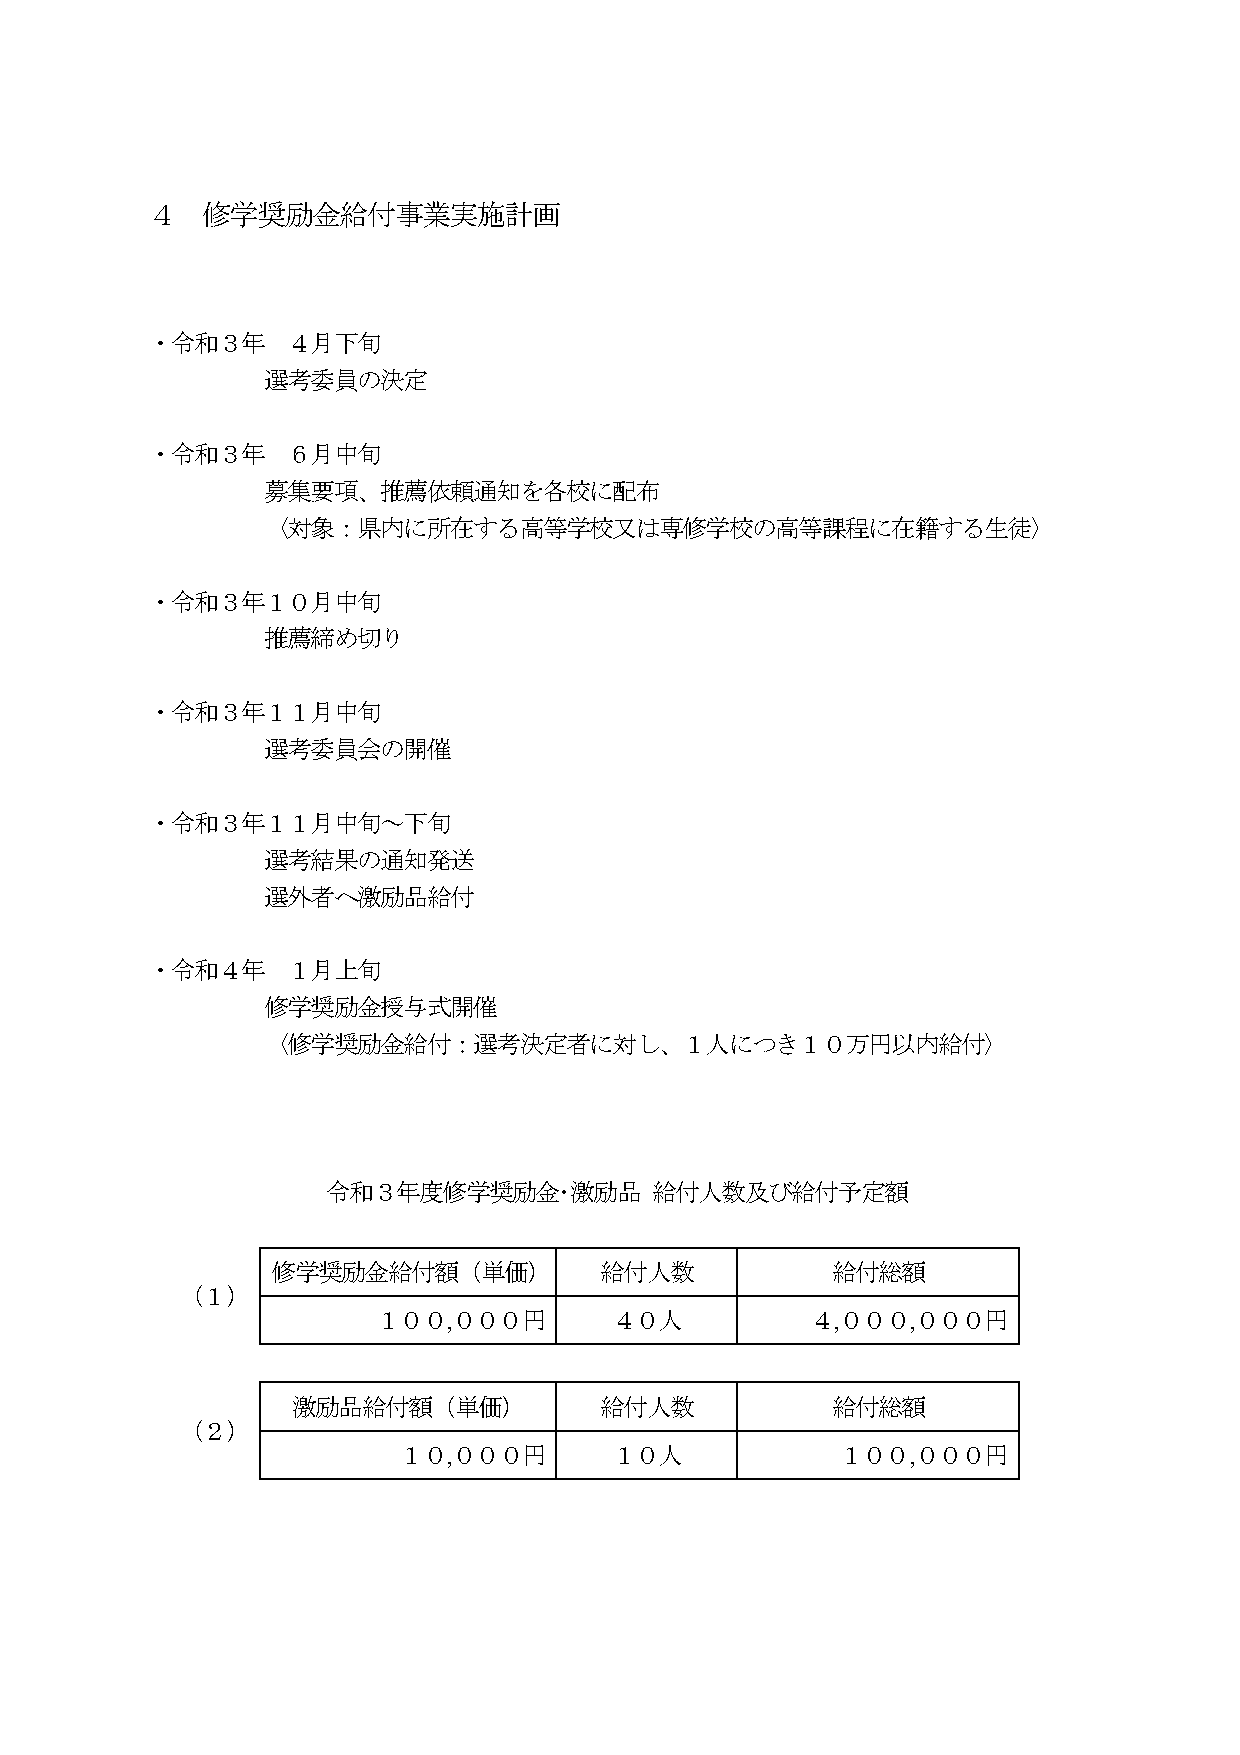
４  修学奨励金給付事業実施計画
 ・令和３年    ４月下旬
 選考委員の決定
 ・令和３年    ６月中旬
 募集要項、推薦依頼通知を各校に配布
 〈対象：県内に所在する高等学校又は専修学校の高等課程に在籍する生徒〉
 ・令和３年１０月中旬
 推薦締め切り
 ・令和３年１１月中旬
 選考委員会の開催
 ・令和３年１１月中旬～下旬
 選考結果の通知発送
 選外者へ激励品給付
 ・令和４年    １月上旬
 修学奨励金授与式開催
 〈修学奨励金給付：選考決定者に対し、１人につき１０万円以内給付〉
 令和３年度修学奨励金･激励品       給付人数及び給付予定額
 修学奨励金給付額（単価）          給付人数           給付総額
 （１）
 １００,０００円       ４０人           ４,０００,０００円
 激励品給付額（単価）           給付人数           給付総額
 （２）
 １０,０００円       １０人             １００,０００円